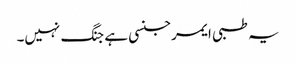
یہ طبی ایمرجنسی ہے جنگ نہیں۔